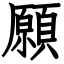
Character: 願